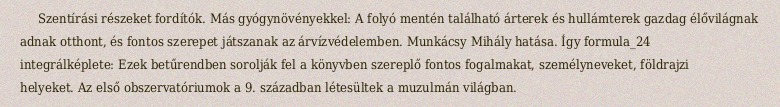
Szentírási részeket fordítók. Más gyógynövényekkel: A folyó mentén található árterek és hullámterek gazdag élővilágnak adnak otthont, és fontos szerepet játszanak az árvízvédelemben. Munkácsy Mihály hatása. Így formula_24 integrálképlete: Ezek betűrendben sorolják fel a könyvben szereplő fontos fogalmakat, személyneveket, földrajzi helyeket. Az első obszervatóriumok a 9. században létesültek a muzulmán világban.